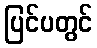
ပြင်ပတွင်